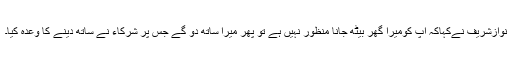
نوازشریف نےکہاکہ آپ کومیرا گھر بیٹھ جانا منظور نہیں ہے تو پھر میرا ساتھ دو گے جس پر شرکاء نے ساتھ دینے کا وعدہ کیا۔